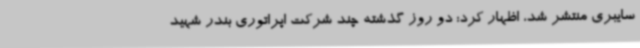
سایبری منتشر شد، اظهار کرد: دو روز گذشته چند شرکت اپراتوری بندر شهید